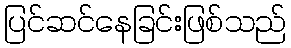
ပြင်ဆင်နေခြင်းဖြစ်သည်